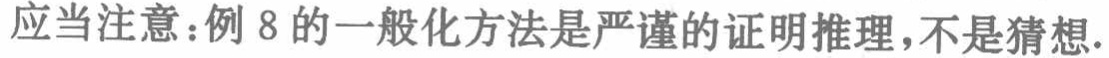
应当注意：例 8 的一般化方法是严谨的证明推理,不是猜想.